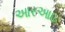
આરઆઇ